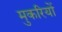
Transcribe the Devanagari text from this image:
मुकरियों